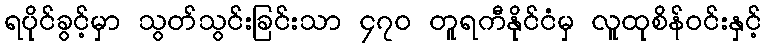
ရပိုင်ခွင့်မှာ သွတ်သွင်းခြင်းသာ ၄၇၀ တူရကီနိုင်ငံမှ လူထုစိန်ဝင်းနှင့်